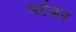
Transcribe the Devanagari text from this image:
प्लंडर